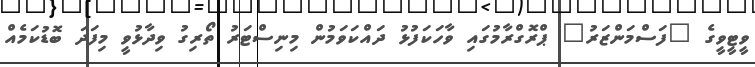
ވީޓީވީގެ "ފަސްމަންޒަރު" ޕްރޮގްރާމުގައި ވާހަކަފުޅު ދައްކަވަމުން މިނިސްޓަރު ތޯރިގު ވިދާޅުވީ މިފަދަ ބޮޑުކަމެއް